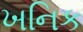
ખનિક